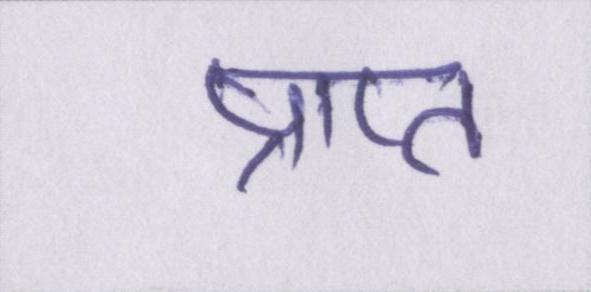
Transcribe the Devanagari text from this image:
प्राप्त